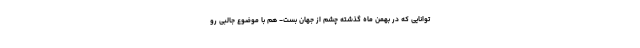
توانایی که در بهمن ماه گذشته چشم از جهان بست- هم با موضوع جالبی رو